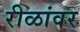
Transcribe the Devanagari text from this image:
रीळांवर